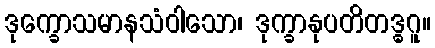
ဒုက္ခောသမာနသံဝါသော၊ ဒုက္ခာနုပတိတဒ္ဓဂူ။